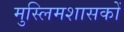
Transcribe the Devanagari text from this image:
मुस्लिमशासकों